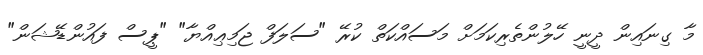
މާ ގިނައިން ދީނީ ހޭލުންތެރިކަމަށް މަސައްކަތް ކުރޭ "ސަލަފް ޖަމިޢިއްޔާ" "ޕީސް ފައުންޑޭޝަން"